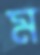
ম